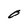
Character: O